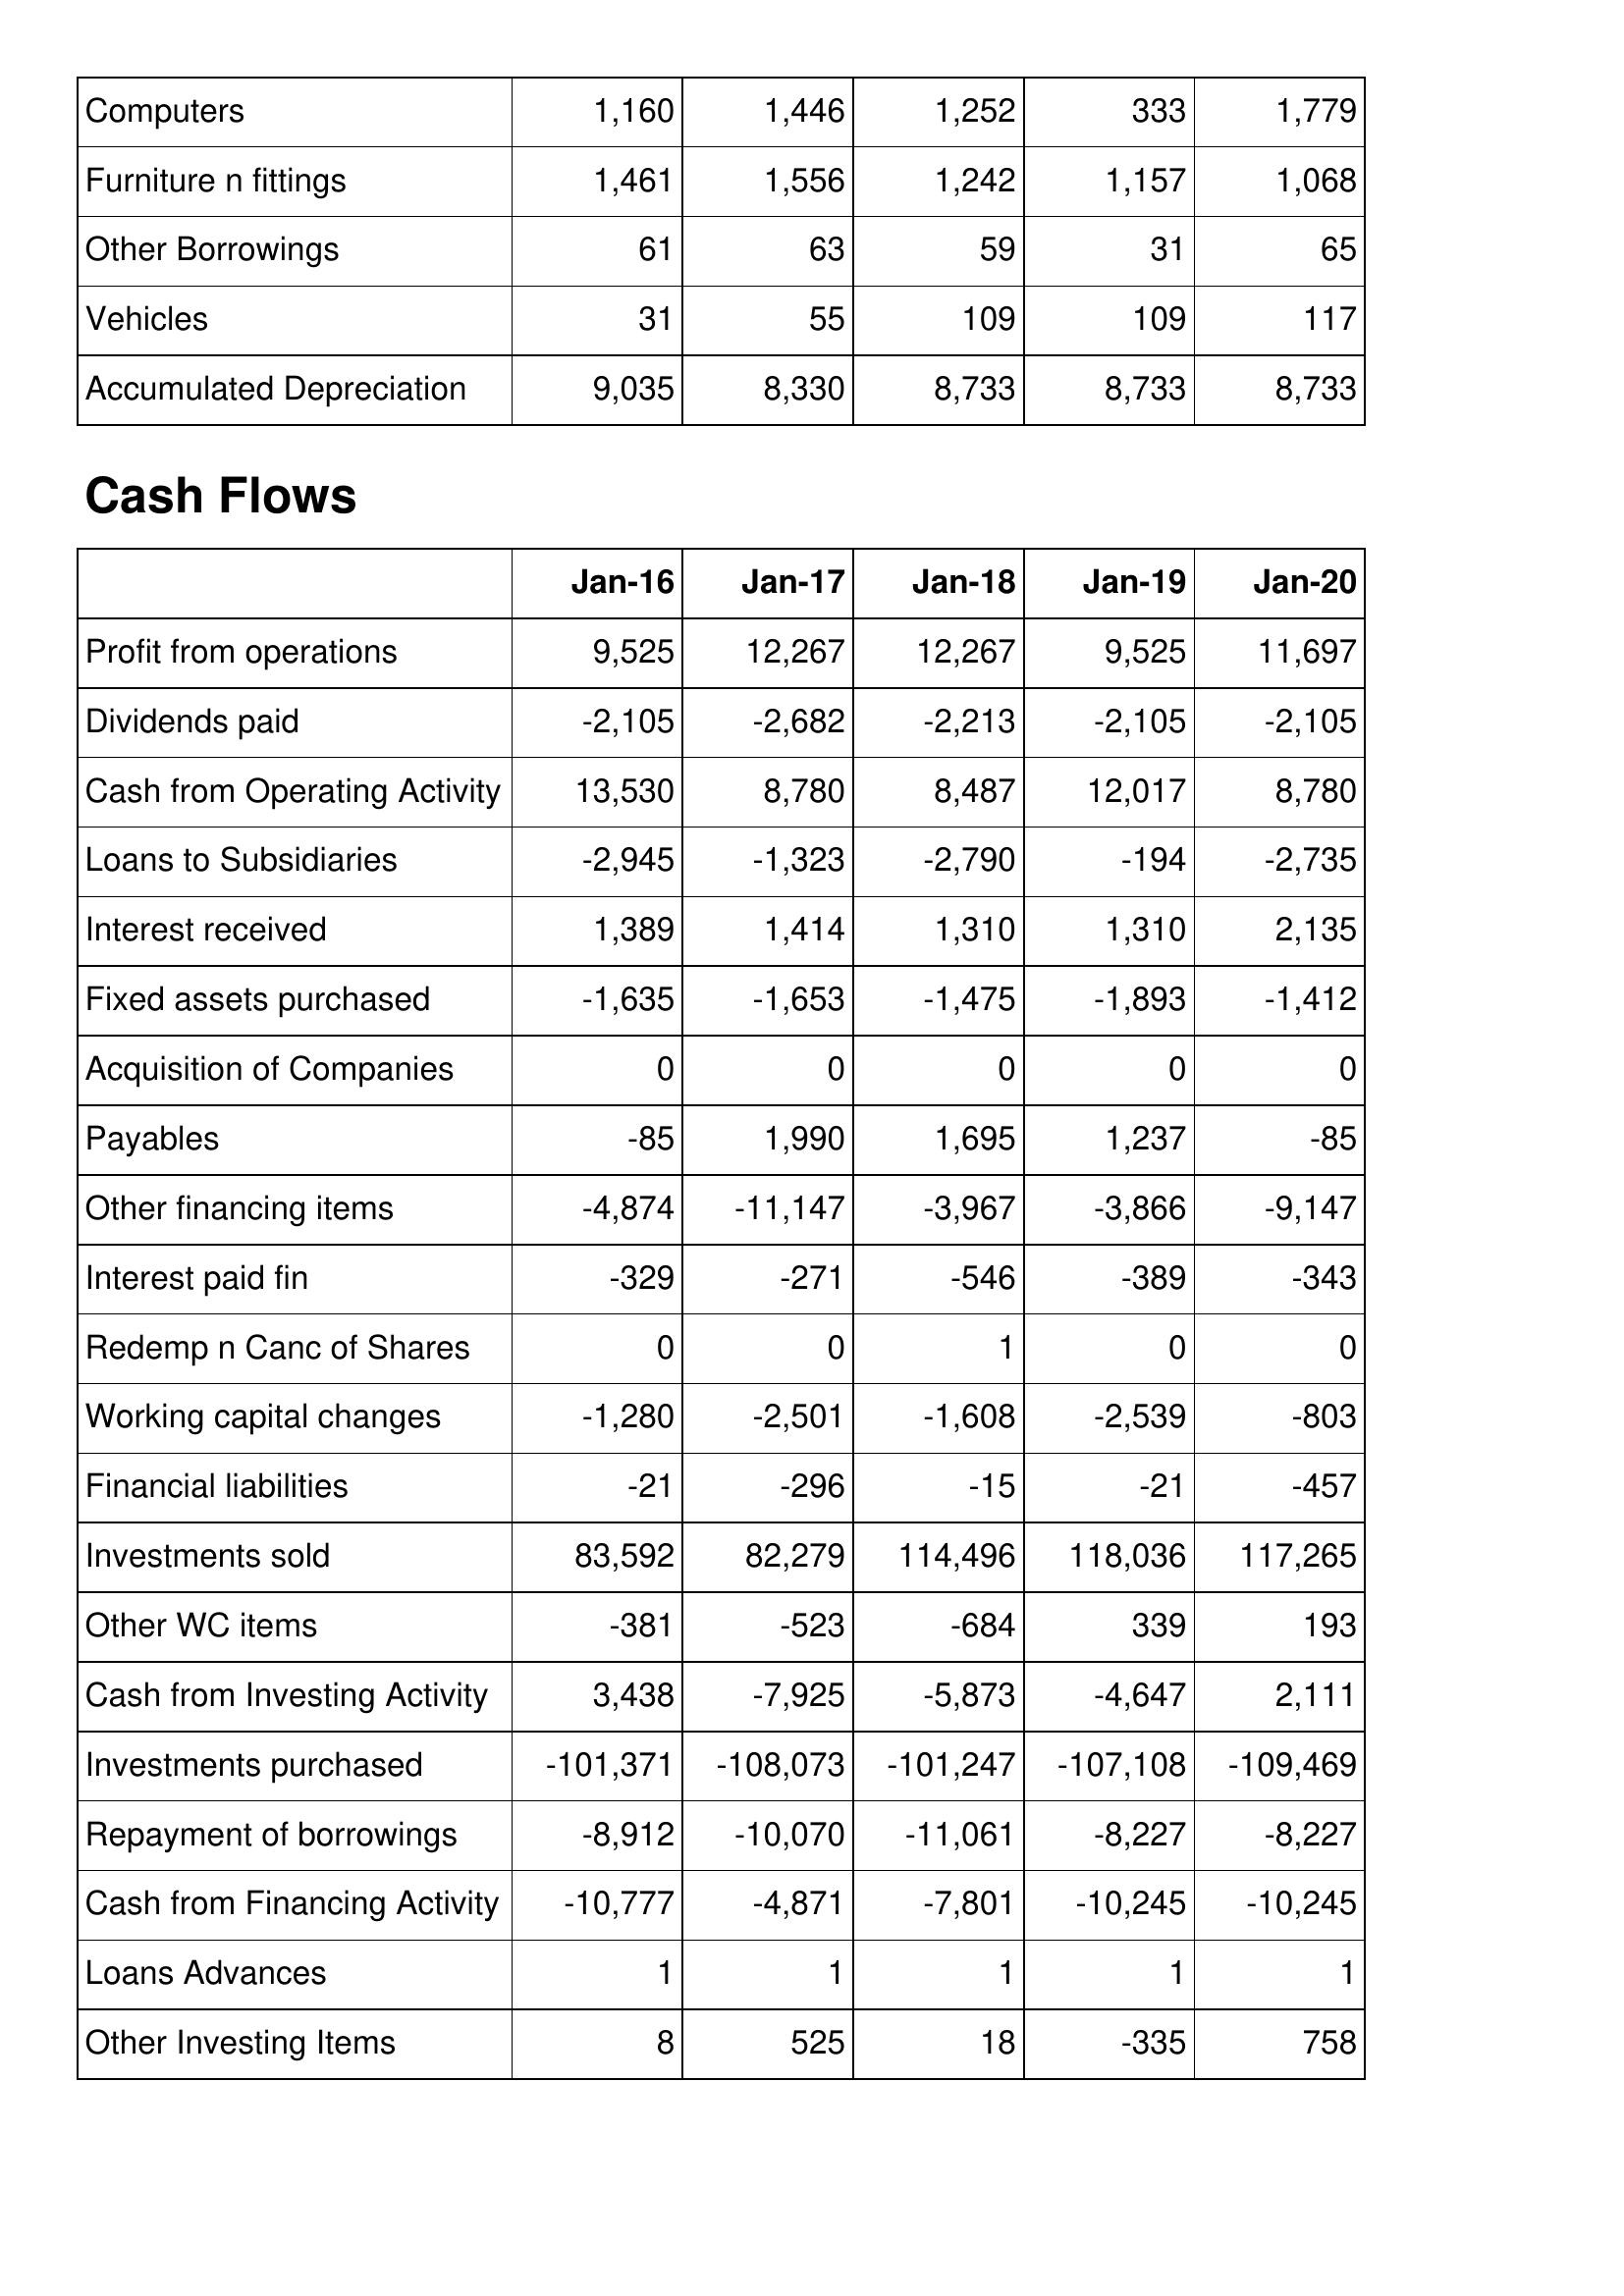
Jan-16: Balance Sheet: Computers: 1,160
Furniture n fittings: 1,461
Other Borrowings: 61
Vehicles: 31
Accumulated Depreciation: 9,035
Cash Flows: Profit from operations: 9,525
Dividends paid: -2,105
Cash from Operating Activity: 13,530
Loans to Subsidiaries: -2,945
Interest received: 1,389
Fixed assets purchased: -1,635
Acquisition of Companies: 0
Payables: -85
Other financing items: -4,874
Interest paid fin: -329
Redemp n Canc of Shares: 0
Working capital changes: -1,280
Financial liabilities: -21
Investments sold: 83,592
Other WC items: -381
Cash from Investing Activity: 3,438
Investments purchased: -101,371
Repayment of borrowings: -8,912
Cash from Financing Activity: -10,777
Loans Advances: 1
Other Investing Items: 8
Jan-17: Balance Sheet: Computers: 1,446
Furniture n fittings: 1,556
Other Borrowings: 63
Vehicles: 55
Accumulated Depreciation: 8,330
Cash Flows: Profit from operations: 12,267
Dividends paid: -2,682
Cash from Operating Activity: 8,780
Loans to Subsidiaries: -1,323
Interest received: 1,414
Fixed assets purchased: -1,653
Acquisition of Companies: 0
Payables: 1,990
Other financing items: -11,147
Interest paid fin: -271
Redemp n Canc of Shares: 0
Working capital changes: -2,501
Financial liabilities: -296
Investments sold: 82,279
Other WC items: -523
Cash from Investing Activity: -7,925
Investments purchased: -108,073
Repayment of borrowings: -10,070
Cash from Financing Activity: -4,871
Loans Advances: 1
Other Investing Items: 525
Jan-18: Balance Sheet: Computers: 1,252
Furniture n fittings: 1,242
Other Borrowings: 59
Vehicles: 109
Accumulated Depreciation: 8,733
Cash Flows: Profit from operations: 12,267
Dividends paid: -2,213
Cash from Operating Activity: 8,487
Loans to Subsidiaries: -2,790
Interest received: 1,310
Fixed assets purchased: -1,475
Acquisition of Companies: 0
Payables: 1,695
Other financing items: -3,967
Interest paid fin: -546
Redemp n Canc of Shares: 1
Working capital changes: -1,608
Financial liabilities: -15
Investments sold: 114,496
Other WC items: -684
Cash from Investing Activity: -5,873
Investments purchased: -101,247
Repayment of borrowings: -11,061
Cash from Financing Activity: -7,801
Loans Advances: 1
Other Investing Items: 18
Jan-19: Balance Sheet: Computers: 333
Furniture n fittings: 1,157
Other Borrowings: 31
Vehicles: 109
Accumulated Depreciation: 8,733
Cash Flows: Profit from operations: 9,525
Dividends paid: -2,105
Cash from Operating Activity: 12,017
Loans to Subsidiaries: -194
Interest received: 1,310
Fixed assets purchased: -1,893
Acquisition of Companies: 0
Payables: 1,237
Other financing items: -3,866
Interest paid fin: -389
Redemp n Canc of Shares: 0
Working capital changes: -2,539
Financial liabilities: -21
Investments sold: 118,036
Other WC items: 339
Cash from Investing Activity: -4,647
Investments purchased: -107,108
Repayment of borrowings: -8,227
Cash from Financing Activity: -10,245
Loans Advances: 1
Other Investing Items: -335
Jan-20: Balance Sheet: Computers: 1,779
Furniture n fittings: 1,068
Other Borrowings: 65
Vehicles: 117
Accumulated Depreciation: 8,733
Cash Flows: Profit from operations: 11,697
Dividends paid: -2,105
Cash from Operating Activity: 8,780
Loans to Subsidiaries: -2,735
Interest received: 2,135
Fixed assets purchased: -1,412
Acquisition of Companies: 0
Payables: -85
Other financing items: -9,147
Interest paid fin: -343
Redemp n Canc of Shares: 0
Working capital changes: -803
Financial liabilities: -457
Investments sold: 117,265
Other WC items: 193
Cash from Investing Activity: 2,111
Investments purchased: -109,469
Repayment of borrowings: -8,227
Cash from Financing Activity: -10,245
Loans Advances: 1
Other Investing Items: 758